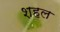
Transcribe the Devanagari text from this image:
शहल